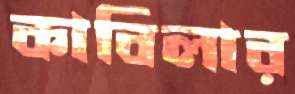
কাবিলার